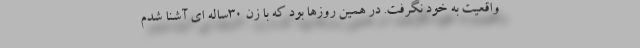
واقعیت به خود نگرفت. در همین روزها بود که با زن ۳۰ساله ای آشنا شدم